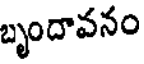
బృందావనం